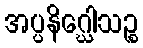
အပ္ပနိဂ္ဃေါသဉ္စ